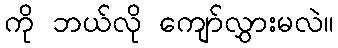
ကို ဘယ်လို ကျော်လွှားမလဲ။